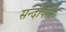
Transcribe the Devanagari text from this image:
सन्दीपनि